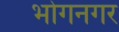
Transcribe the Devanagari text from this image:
भोगनगर